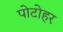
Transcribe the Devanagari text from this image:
पोटोहर